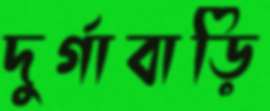
দুর্গাবাড়ি